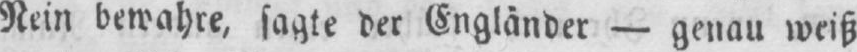
Nein bewahre, sagte der Engländer - genau weiß